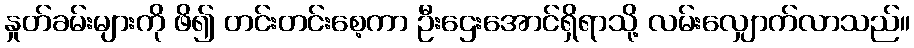
နှုတ်ခမ်းများကို ဖိ၍ တင်းတင်းစေ့ကာ ဦးဌေးအောင်ရှိရာသို့ လမ်းလျှောက်လာသည်။